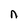
Character: n